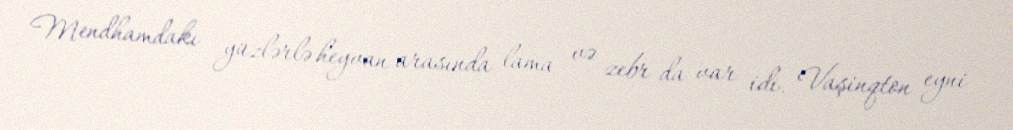
Mendhamdakı yüzlərlə heyvan arasında lama və zebr da var idi. Vaşinqton eyni